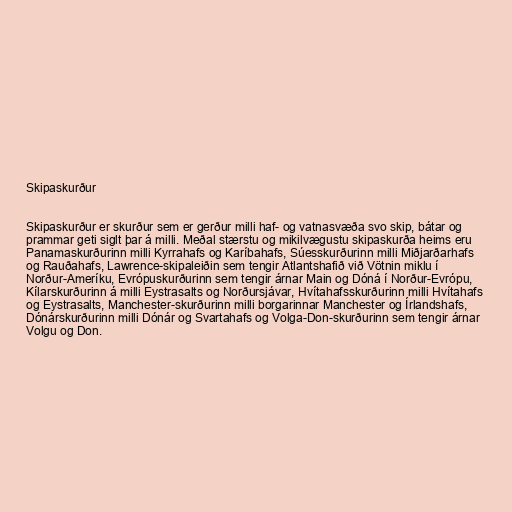
Skipaskurður

Skipaskurður er skurður sem er gerður milli haf- og vatnasvæða svo skip, bátar og
prammar geti siglt þar á milli. Meðal stærstu og mikilvægustu skipaskurða heims eru
Panamaskurðurinn milli Kyrrahafs og Karíbahafs, Súesskurðurinn milli Miðjarðarhafs
og Rauðahafs, Lawrence-skipaleiðin sem tengir Atlantshafið við Vötnin miklu í
Norður-Ameríku, Evrópuskurðurinn sem tengir árnar Main og Dóná í Norður-Evrópu,
Kílarskurðurinn á milli Eystrasalts og Norðursjávar, Hvítahafsskurðurinn milli Hvítahafs
og Eystrasalts, Manchester-skurðurinn milli borgarinnar Manchester og Írlandshafs,
Dónárskurðurinn milli Dónár og Svartahafs og Volga-Don-skurðurinn sem tengir árnar
Volgu og Don.